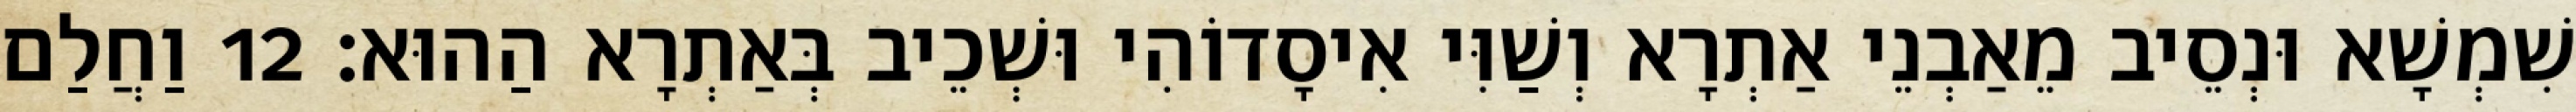
שִׁמְשָׁא וּנְסֵיב מֵאַבְנֵי אַתְרָא וְשַׁוִּי אִיסָדוֹהִי וּשְׁכֵיב בְּאַתְרָא הַהוּא׃ 12 וַחֲלַם